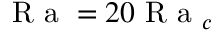
\mathrm { ~ R ~ a ~ } = 2 0 \mathrm { ~ R ~ a ~ } _ { c }